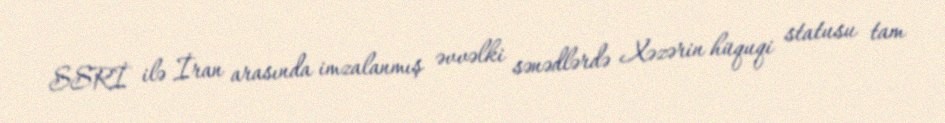
SSRİ ilə İran arasında imzalanmış əvvəlki sənədlərdə Xəzərin hüquqi statusu tam